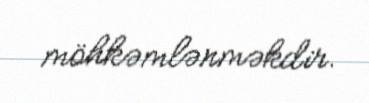
möhkəmlənməkdir.